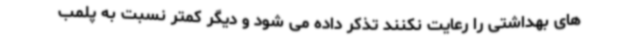
های بهداشتی را رعایت نکنند تذکر داده می شود و دیگر کمتر نسبت به پلمب